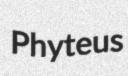
Phyteus